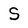
Character: S